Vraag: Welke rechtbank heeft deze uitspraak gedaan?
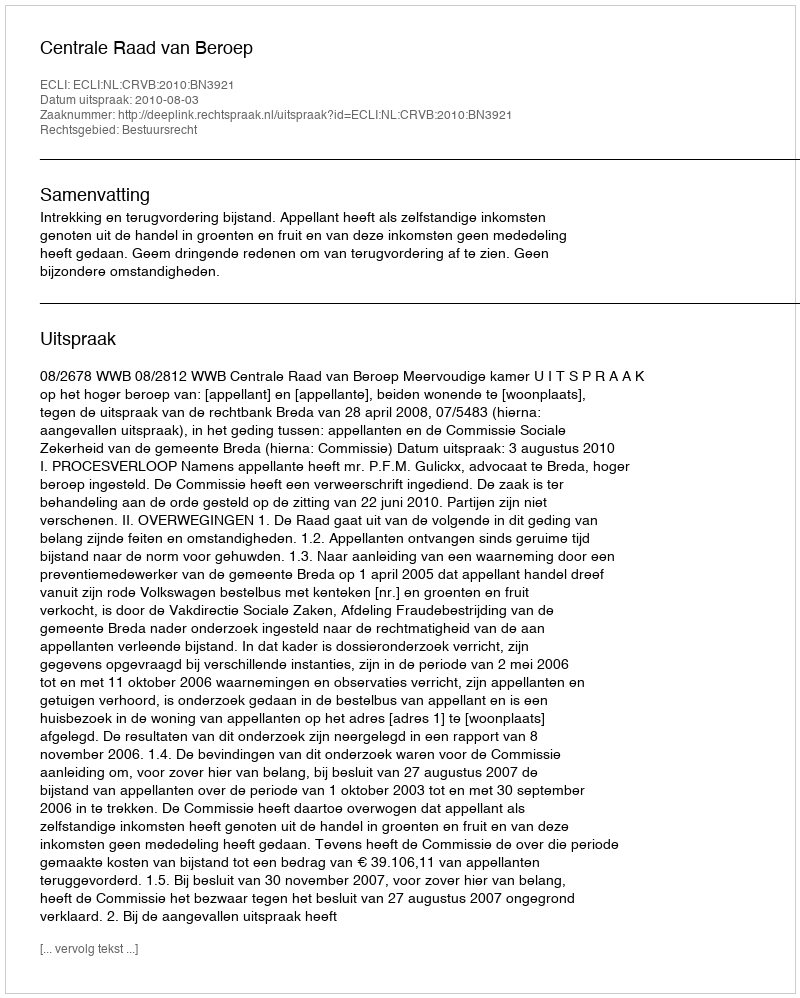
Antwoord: Centrale Raad van Beroep